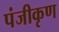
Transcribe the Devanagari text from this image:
पंजीकृण